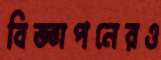
বিজ্ঞাপনেরও